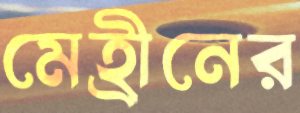
মেহ্রীনের